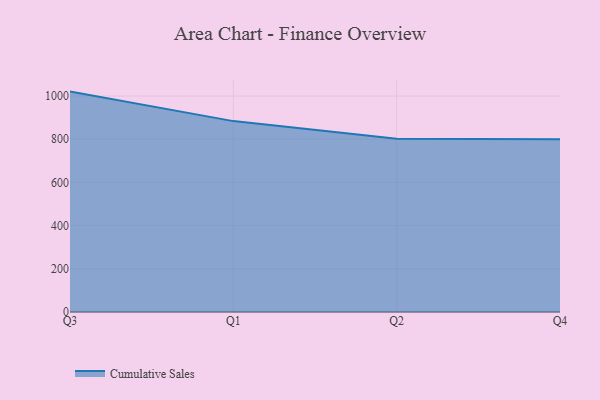
{"axis": {"x": "Quarter", "y": "Shipments"}, "legend": ["Cumulative Sales"], "data": [{"x": "Q3", "y": 1020.3, "type": "Cumulative Sales"}, {"x": "Q1", "y": 883.7, "type": "Cumulative Sales"}, {"x": "Q2", "y": 801.9, "type": "Cumulative Sales"}, {"x": "Q4", "y": 800, "type": "Cumulative Sales"}]}